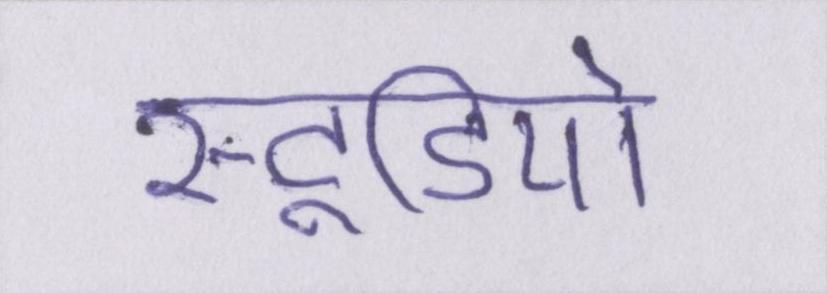
स्टूडियो